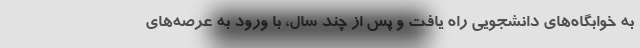
به خوابگاه‌های دانشجویی راه یافت و پس از چند سال، با ورود به عرصه‌های